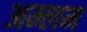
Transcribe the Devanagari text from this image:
अम्लम